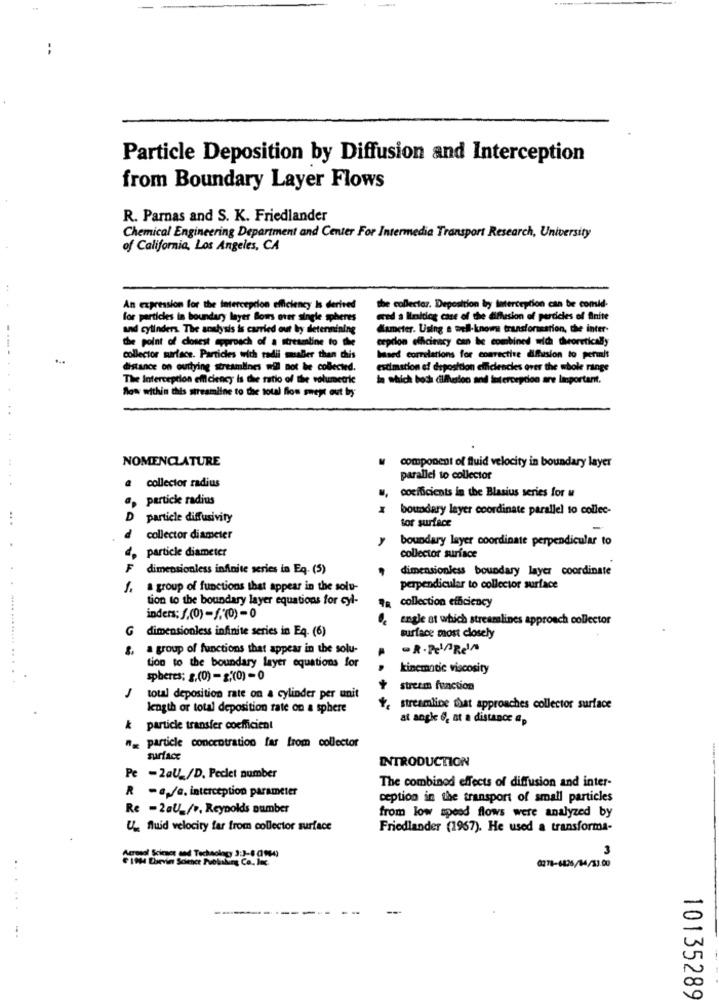
Particle Deposition by Diffusion and Interception
from Boundary Layer Flows
R. Parnas and S. K. Friedlander
Chemical Engineering Department and Center For Intermedia Transport Research, University
of California, Los Angeles, CA
An expression for the Interception efficiency Is derived
the collector. Deposition bry Interception can be comid-
for particles in boundary layer Bows over single spheres
ered a limiting case of the diffusion of particles of finite
and cylinders. The analysis is carried out by detennining
Msmeter. Using a well-known transformation, the inter-
the point of closest approach of a streamline to the
erprion efficiency can be combined wich theoretically
collector surface. Particles with radii maller than this
based correlations for corrective diffusion to permit
distance on ourtying streamlines wil not be collected.
estimation of deposition efficiencies over the whole range
The Interception efficiency is the ratio of the volumetric
In which boch diifhetoo and intercepdon are linportant.
Sow within this streamline to the total fios swept out by
..
NOMENCLATURE
component of fluid velocity in boundary layer
parallel to collector
@ collector radius
@ particle radius
coefficients in the Blasius series for u
boundary layer coordinate parallel to collec-
D
particle diffusivity
tor surface
d
collector diameter
boundary layer coordinate perpendicular to
particle diameter
collector surface
F
dimensionless infinite series in Eq. (5)
dimensionless boundary layer coordinate
1.
a group of functions that appear in the solu-
perpendicular to collector surface
tion to the boundary layer equations for cyl-
7a collection efficiency
inders; f.(0) -f. (0)- 0
engle at which streamlines approach collector
G dimensionless infinite series in Eq- (6)
surface most closely
&, a group of functions that appear in the solu-
-R.PelRel
tion to the boundary layer equations for
kinematic viscosity
spheres; s.(0) - , (0) - 0
stream function
1
total deposition rate on a cylinder per unit
length or total deposition rate on a sphere
. streamline that approaches collector surface
at angle 6, at a distance "p
k particle transfer coefficient
"_ particle concentration far from collector
surface
INTRODUCTION
Pe -2al_/D. Peclet number
The combined effects of diffusion and inter-
R - ep/a, interception parameter
ception in the transport of small particles
Re - 2aU_/v, Reynolds number
from low speed flows were analyzed by
U_ fluid velocity far from collector surface
Friedlander (1967). He used a transforma-
3
Accel Science and Technolog 3:1-1 0144)
0278-6836/14/13.00
10135289